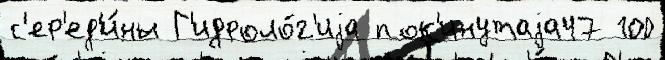
с'ер'ед'и́ны Г'идроло́г'иjа пок'инутаjа47 100